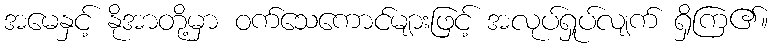
အမေနှင့် နိုအာတို့မှာ ဝက်သေကောင်များဖြင့် အလုပ်ရှုပ်လျက် ရှိကြ၏။